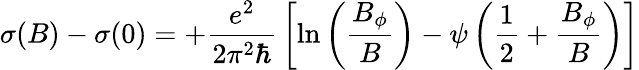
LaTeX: \sigma(B)-\sigma(0)=+{\frac{e^{2}}{2\pi^{2}\hbar}}\left[\ln\left({\frac{B_{\phi}}{B}}\right)-\psi\left({\frac{1}{2}}+{\frac{B_{\phi}}{B}}\right)\right]